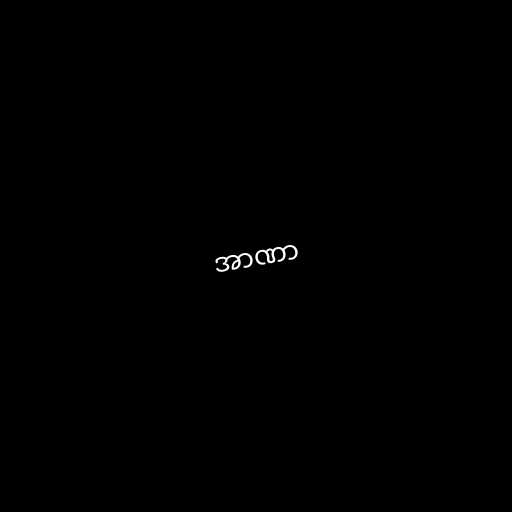
အာဏာ